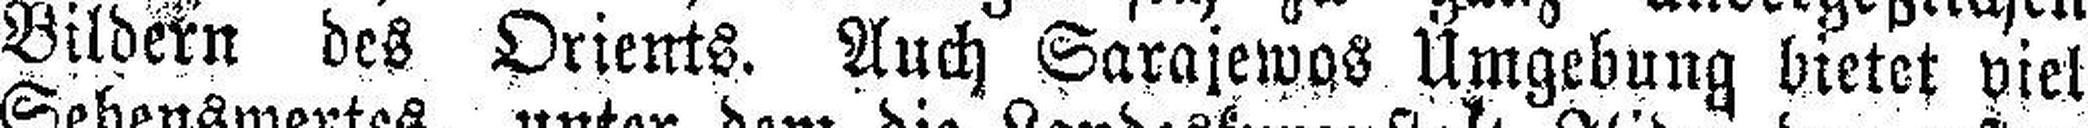
Bildern des Orients. Auch Sarajewos Umgebung bietet viel